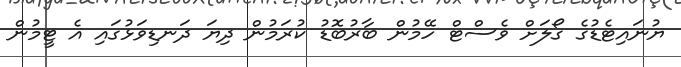
ޔުނައިޓެޑުގެ ގޯލަށް ވެސްޓް ހޭމުން ބާރުބޮޑު ކުރަމުން ދިޔަ ދަނޑިވަޅުގައި އެ ޓީމުން